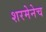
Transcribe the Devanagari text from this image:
शरमेनेच